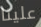
علينا